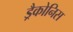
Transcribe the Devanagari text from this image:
ड्रैकोनिस